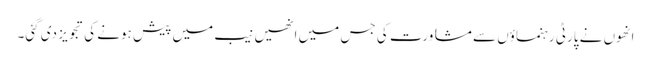
انھوں نے پارٹی رہنماؤں سے مشاورت کی جس میں انھیں نیب میں پیش ہونے کی تجویز دی گئی۔